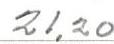
21,20